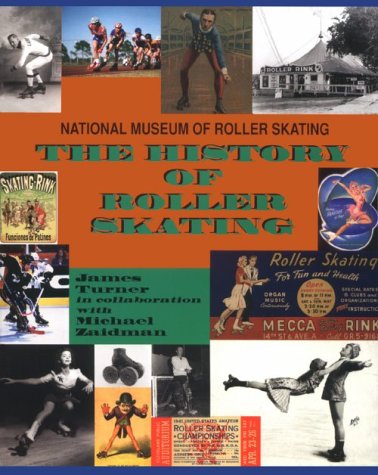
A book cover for The History of Roller Skating; James Turner; Sports & Outdoors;